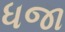
ધજા